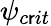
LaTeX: \psi_{c\mathsf{r}it}